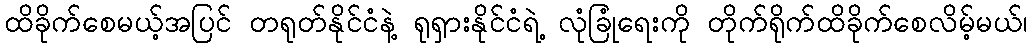
ထိခိုက်စေမယ့်အပြင် တရုတ်နိုင်ငံနဲ့ ရုရှားနိုင်ငံရဲ့ လုံခြုံရေးကို တိုက်ရိုက်ထိခိုက်စေလိမ့်မယ်၊